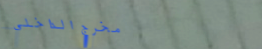
مخرج الداخلي